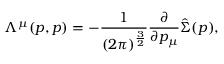
\Lambda ^ { \mu } ( p , p ) = - \frac { 1 } { ( 2 \pi ) ^ { \frac { 3 } { 2 } } } \frac { \partial } { \partial p _ { \mu } } \hat { \Sigma } ( p ) ,